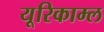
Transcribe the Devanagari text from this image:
यूरिकाम्ल